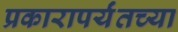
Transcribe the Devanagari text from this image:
प्रकारापर्यंतच्या